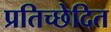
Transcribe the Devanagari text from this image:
प्रतिच्छेदित